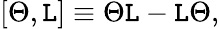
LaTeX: [{\Theta},\mathtt{L}]\equiv{\Theta}\mathtt{L}-\mathtt{L}{\Theta},